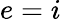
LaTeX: e=i